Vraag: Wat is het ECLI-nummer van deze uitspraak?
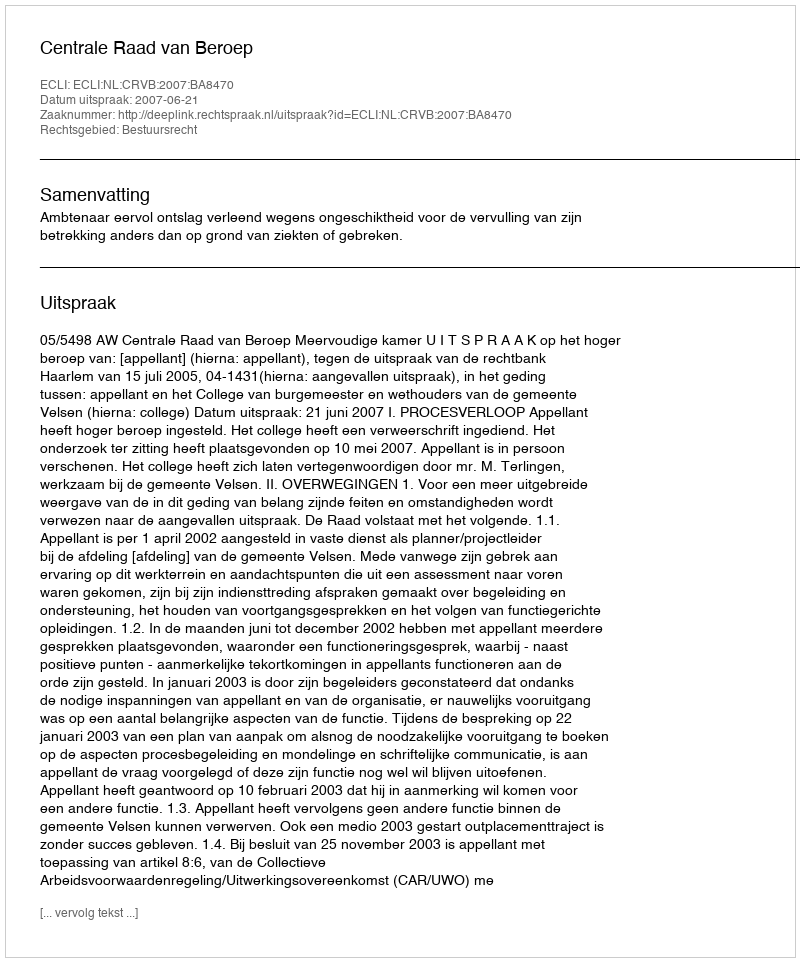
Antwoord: ECLI:NL:CRVB:2007:BA8470